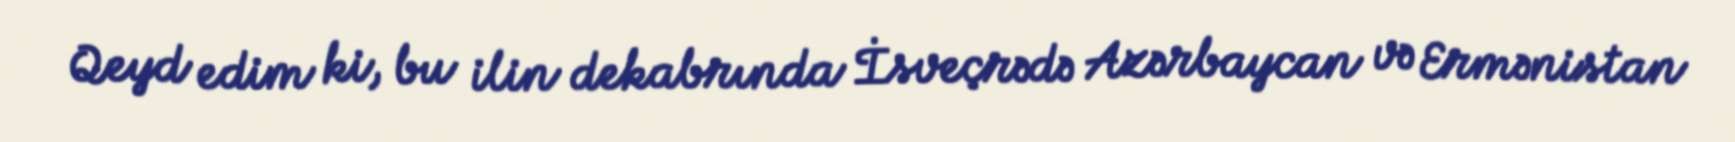
Qeyd edim ki, bu ilin dekabrında İsveçrədə Azərbaycan və Ermənistan